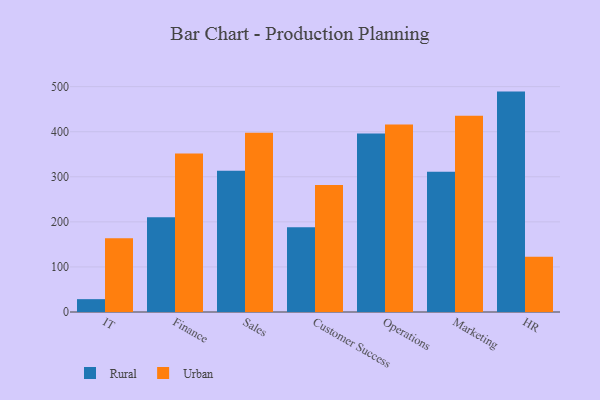
{"axis": {"x": "Department", "y": "Waste Production (Tons)"}, "legend": ["Rural", "Urban"], "data": [{"x": "IT", "y": 28.5, "type": "Rural"}, {"x": "IT", "y": 163.7, "type": "Urban"}, {"x": "Finance", "y": 210.2, "type": "Rural"}, {"x": "Finance", "y": 351.8, "type": "Urban"}, {"x": "Sales", "y": 313.5, "type": "Rural"}, {"x": "Sales", "y": 397.6, "type": "Urban"}, {"x": "Customer Success", "y": 187.8, "type": "Rural"}, {"x": "Customer Success", "y": 281.7, "type": "Urban"}, {"x": "Operations", "y": 395.9, "type": "Rural"}, {"x": "Operations", "y": 415.8, "type": "Urban"}, {"x": "Marketing", "y": 311.0, "type": "Rural"}, {"x": "Marketing", "y": 435.3, "type": "Urban"}, {"x": "HR", "y": 489.0, "type": "Rural"}, {"x": "HR", "y": 122.8, "type": "Urban"}]}